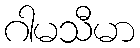
ဂါမသီမာ